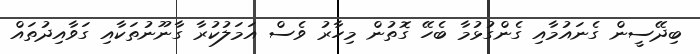
ބިދޭސީން ގެނައުމާއި ގެންގުޅުމާ ބެހޭ ގޮތުން މިހާރު ވެސް އަމަލުކުރާ ގާނޫނުތަކާއި ގަވާއިދުތައް